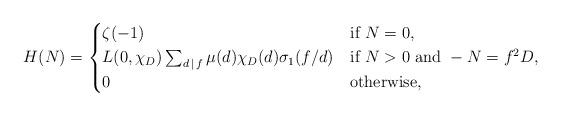
LaTeX: \begin{align*}H(N)=\begin{cases}\zeta(-1)&\mbox{if }N=0,\\L(0,\chi_D)\sum_{d\,|\,f}\mu(d)\chi_D(d)\sigma_1(f/d)&\mbox{if }N>0\mbox{ and }-N=f^2D,\\0&\mbox{otherwise,}\end{cases}\end{align*}